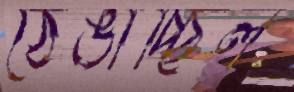
ঠেঙাচ্ছিল